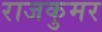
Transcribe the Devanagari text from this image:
राजकुमर